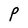
Character: P